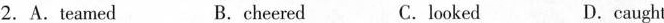
2. A.Teamed B. cheered C. looked D. caught